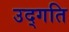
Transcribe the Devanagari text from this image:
उद्गति